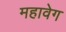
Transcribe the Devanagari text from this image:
महावेग